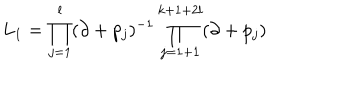
L _ { 1 } = \prod _ { j = 1 } ^ { l } ( \partial + p _ { j } ) ^ { - 1 } \prod _ { j = 1 + 1 } ^ { k + 1 + 2 l } ( \partial + p _ { j } )